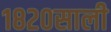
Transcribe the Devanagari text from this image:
१८२०साली